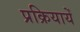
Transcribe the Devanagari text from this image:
प्रक्रियायेँ